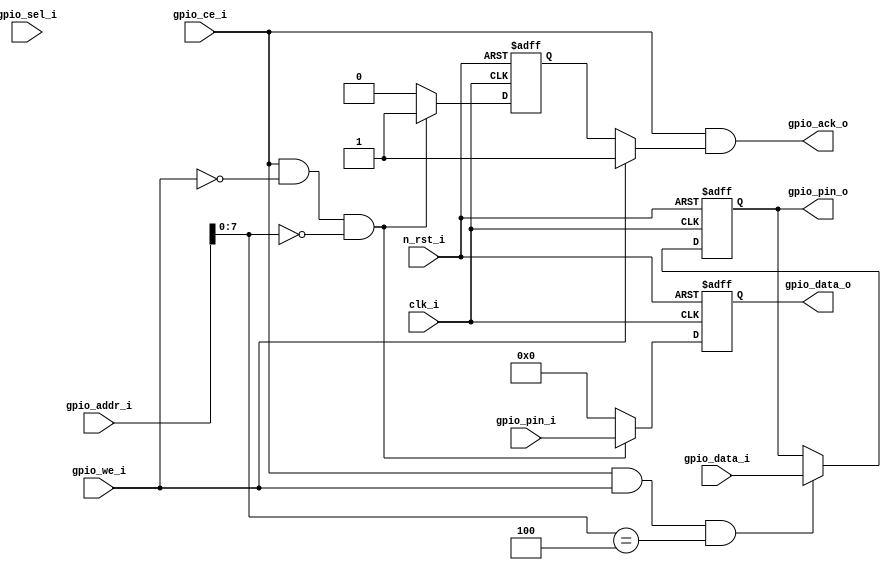

/*-------------------------------------------------------------------------
// Module:  gpio
// Description: gpio
--------------------------------------------------------------------------*/

// Licensed under the Apache License, Version 2.0 (the "License");
// you may not use this file except in compliance with the License.
// You may obtain a copy of the License at
//
//     http://www.apache.org/licenses/LICENSE-2.0
//
// Unless required by applicable law or agreed to in writing, software
// distributed under the License is distributed on an "AS IS" BASIS,
// WITHOUT WARRANTIES OR CONDITIONS OF ANY KIND, either express or implied.
// See the License for the specific language governing permissions and
// limitations under the License.
//-----------------------------------------------------------------

module gpio(
	input wire				      clk_i,
    input wire                    n_rst_i,
	input wire					  gpio_ce_i,
   // input wire                    gpio_cyc_i,
	input wire[3:0]				  gpio_sel_i,  // not used

	input wire[31:0]	          gpio_addr_i,
	input wire					  gpio_we_i,
	input wire[31:0]		      gpio_data_i,
	output wire                   gpio_ack_o,
	output reg[31:0]		      gpio_data_o,

    input wire[31:0]              gpio_pin_i,
    output wire[31:0]             gpio_pin_o
    );

    // rx buf: 0x0
    wire[31:0] gpio_data_in;
    // tx buf: 0x4
    reg[31:0] gpio_data_out;

	reg    rvalid;
    assign gpio_ack_o = gpio_ce_i /*& gpio_cyc_i */ & (gpio_we_i ? 1: rvalid);

    // write
    always @ (posedge clk_i or negedge n_rst_i) begin
        if (n_rst_i == 1'b0) begin
            gpio_data_out <= 32'h0;
        end else begin
            if ( (gpio_ce_i == 1'b1) /* && (gpio_cyc_i == 1'b1) */ && (gpio_we_i == 1'b1) && (gpio_addr_i[7:0] == 8'h04) )begin
                gpio_data_out <= gpio_data_i;
            end else begin

            end
        end
    end

    // read
    always @ (posedge clk_i or negedge n_rst_i) begin
        if (n_rst_i == 1'b0) begin
            rvalid <= 1'b0;
            gpio_data_o <=  32'h0;
        end else begin
            if ( (gpio_ce_i == 1'b1) /* && (gpio_cyc_i == 1'b1) */ && (gpio_we_i == 1'b0) && (gpio_addr_i[7:0] == 8'h0) ) begin
                rvalid <= 1'b1;
                gpio_data_o <= gpio_data_in;
            end else begin
                rvalid <= 1'b0;
                gpio_data_o <=  32'h0;
            end
        end
    end

    // get the status of the input io
    assign gpio_data_in = gpio_pin_i;

    // control the output io
    assign gpio_pin_o = gpio_data_out;

endmodule